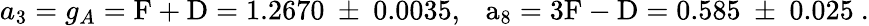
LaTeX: a_{3}=g_{A}=\mathrm{{F+D}=1.2670~\pm~0.0035,~~~a_{8}=3\mathrm{{F-D}=0.585~\pm~0.025~.}}